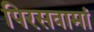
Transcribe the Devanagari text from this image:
पिरसवामां